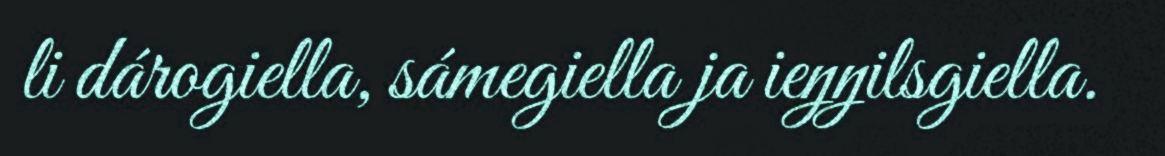
li dárogiella, sámegiella ja ieŋŋilsgiella.